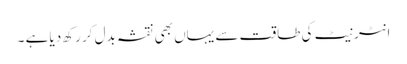
انٹرنیٹ کی طاقت سے یہاں بھی نقشہ بدل کر رکھ دیا ہے ۔